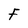
Character: F